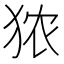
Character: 𪺻